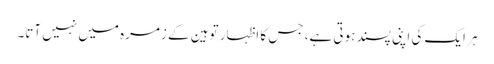
ہر ایک کی اپنی پسند ہوتی ہے، جس کا اظہار توہین کے زمرہ میں نہیں آتا۔